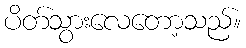
ပိတ်သွားလေတော့သည်။